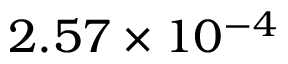
2 . 5 7 \times 1 0 ^ { - 4 }